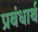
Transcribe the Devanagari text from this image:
प्रबंधार्थ